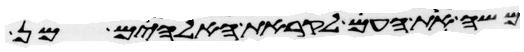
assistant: משה את העם לקראת האלהים מן